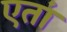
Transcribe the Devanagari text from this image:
एतां